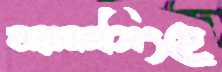
ময়মনসিংহে